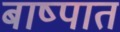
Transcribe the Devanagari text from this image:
बाष्पात